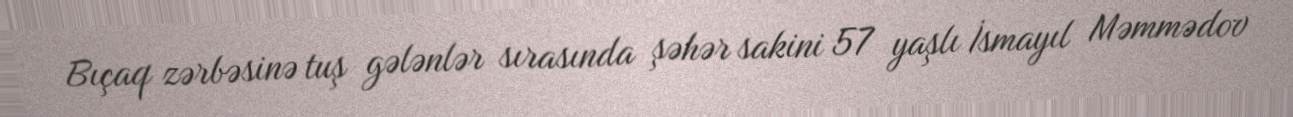
Bıçaq zərbəsinə tuş gələnlər sırasında şəhər sakini 57 yaşlı İsmayıl Məmmədov